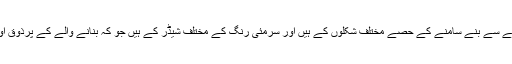
اسکے علاوہ اگر آپ غور کریں تو شیشے سے بنے سامنے کے حصے مختلف شکلوں کے ہیں اور سرمئی رنگ کے مختلف شیڈر کے ہیں جو کہ بنانے والے کے پُرذوق اور ماہر تعمیرات ہونے کے عکاس ہیں۔